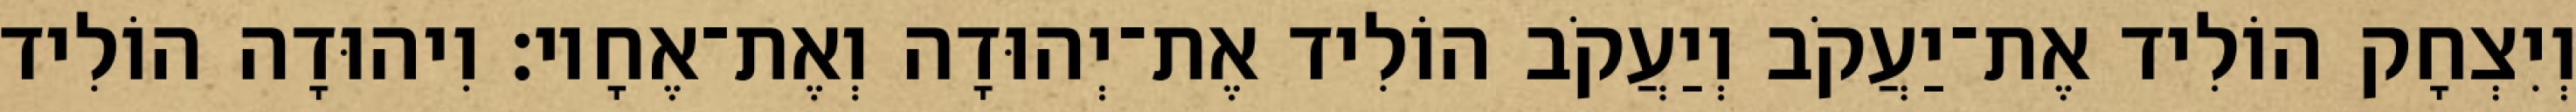
וְיִצְחָק הוֹלִיד אֶת־יַעֲקֹב וְיַעֲקֹב הוֹלִיד אֶת־יְהוּדָה וְאֶת־אֶחָיו׃ וִיהוּדָה הוֹלִיד